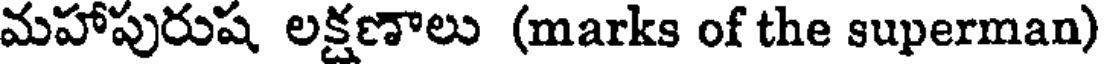
మహాపురుష లక్షణాలు (marks of the superman)